Annual report on the health of the army in India
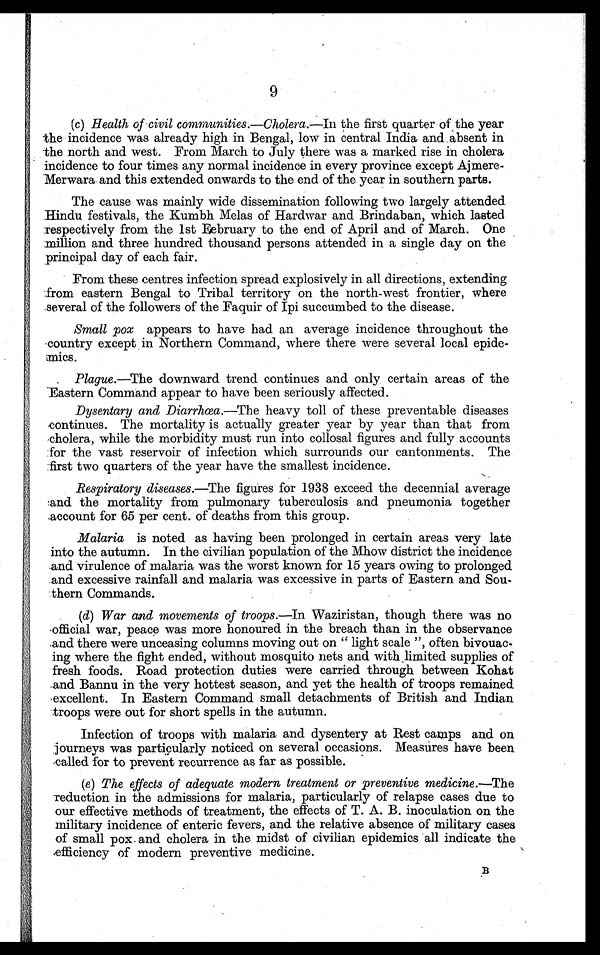
9
(c) Health of civil communities.—Cholera.— In the first quarter of the year
the incidence was already high in Bengal, low in central India and absent in
the north and west. From March to July there was a marked rise in cholera
incidence to four times any normal incidence in every province except Ajmere-
Merwara and this extended onwards to the end of the year in southern parts.
The cause was mainly wide dissemination following two largely attended
Hindu festivals, the Kumbh Melas of Hardwar and Brindaban, which lasted
respectively from the 1st February to the end of April and of March. One
million and three hundred thousand persons attended in a single day on the
principal day of each fair.
From these centres infection spread explosively in all directions, extending
from eastern Bengal to Tribal territory on the north-west frontier, where
several of the followers of the Faquir of Ipi succumbed to the disease.
Small pox appears to have had an average incidence throughout the
country except in Northern Command, where there were several local epide-
mics.
Plague.—The downward trend continues and only certain areas of the
Eastern Command appear to have been seriously affected.
Dysentary and Diarrhoea.—The heavy toll of these preventable diseases
continues. The mortality is actually greater year by year than that from
cholera, while the morbidity must run into collosal figures and fully accounts
for the vast reservoir of infection which surrounds our cantonments. The
first two quarters of the year have the smallest incidence.
Respiratory diseases.—The figures for 1938 exceed the decennial average
and the mortality from pulmonary tuberculosis and pneumonia together
account for 65 per cent. of deaths from this group.
Malaria is noted as having been prolonged in certain areas very late
into the autumn. In the civilian population of the Mhow district the incidence
and virulence of malaria was the worst known for 15 years owing to prolonged
and excessive rainfall and malaria was excessive in parts of Eastern and Sou-
thern Commands.
(d) War and movements of troops.—In Waziristan, though there was no
official war, peace was more honoured in the breach than in the observance
and there were unceasing columns moving out on " light scale ", often bivouac-
ing where the fight ended, without mosquito nets and with limited supplies of
fresh foods. Road protection duties were carried through between Kohat
and Bannu in the very hottest season, and yet the health of troops remained
excellent. In Eastern Command small detachments of British and Indian
troops were out for short spells in the autumn.
Infection of troops with malaria and dysentery at Rest camps and on
journeys was particularly noticed on several occasions. Measures have been
called for to prevent recurrence as far as possible.
(e) The effects of adequate modern treatment or preventive medicine. —The
reduction in the admissions for malaria, particularly of relapse cases due to
our effective methods of treatment, the effects of T. A. B. inoculation on the
military incidence of enteric fevers, and the relative absence of military cases
of small pox and cholera in the midst of civilian epidemics all indicate the
efficiency of modern preventive medicine.